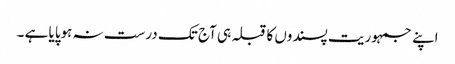
اپنے جمہوریت پسندوں کا قبلہ ہی آج تک درست نہ ہوپایا ہے ۔